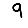
Digit: 9